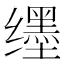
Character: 𬙊